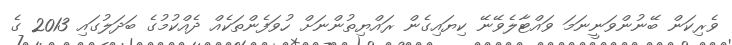
ވެރިކަން ބޭނުންވަނީނަމަ ވައްޓާލެވޭނޭ ކިޔައިގެން ރައްޔިތުންނަށް ހުވަފެންތަކެއް ދެއްކުމުގެ ބަދަލުގައި 2013 ގެ